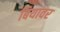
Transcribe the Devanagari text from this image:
बियावर